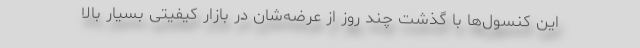
این کنسول‌ها با گذشت چند روز از عرضه‌شان در بازار کیفیتی بسیار بالا